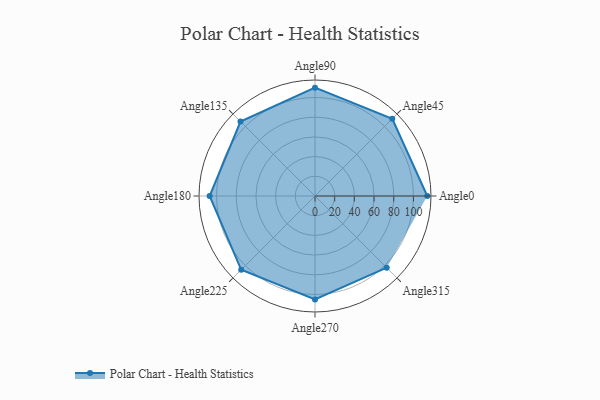
{"axis": {"x": "Angle", "y": "Radius"}, "legend": [""], "data": [{"x": "Angle0", "y": 114.0, "type": ""}, {"x": "Angle45", "y": 111.0, "type": ""}, {"x": "Angle90", "y": 110.0, "type": ""}, {"x": "Angle135", "y": 107.0, "type": ""}, {"x": "Angle180", "y": 107.0, "type": ""}, {"x": "Angle225", "y": 106.0, "type": ""}, {"x": "Angle270", "y": 105.0, "type": ""}, {"x": "Angle315", "y": 103.0, "type": ""}]}